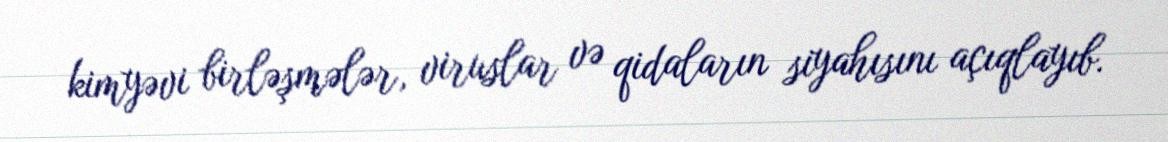
kimyəvi birləşmələr, viruslar və qidaların siyahısını açıqlayıb.